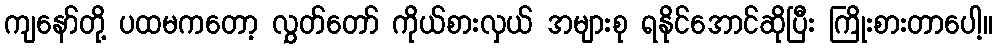
ကျနော်တို့ ပထမကတော့ လွှတ်တော် ကိုယ်စားလှယ် အများစု ရနိုင်အောင်ဆိုပြီး ကြိုးစားတာပေါ့။